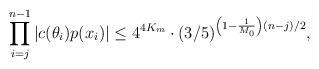
LaTeX: \begin{align*}\prod \limits_{i=j}^{n-1} |c(\theta_i)p(x_i)| \leq 4^{4K_m} \cdot (3/5)^{\left(1 - \frac1{M_0} \right)(n - j)/2},\end{align*}